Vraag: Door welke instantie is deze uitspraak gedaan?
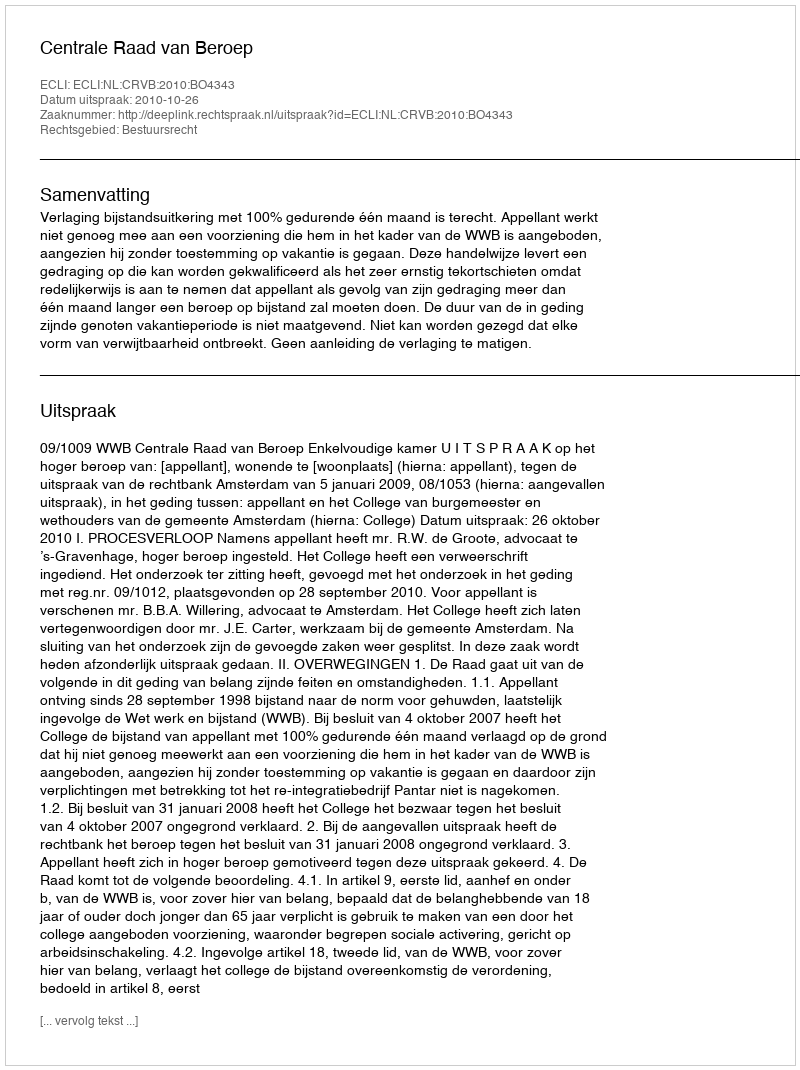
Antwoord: Centrale Raad van Beroep